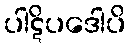
ပါဋိပဒေါပိ